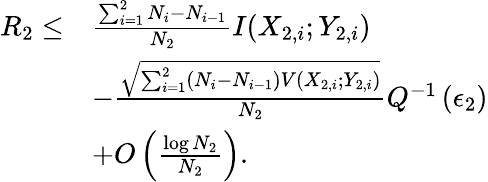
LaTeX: \begin{array}{rl}{R_{2}\leq}&{\frac{\sum_{i=1}^{2}N_{i}-N_{i-1}}{N_{2}}I(X_{2,i};Y_{2,i})}\\ &{-\frac{\sqrt{\sum_{i=1}^{2}(N_{i}-N_{i-1})V(X_{2,i};Y_{2,i})}}{N_{2}}Q^{-1}\left(\epsilon_{2}\right)}\\ &{+O\left(\frac{\log N_{2}}{N_{2}}\right).}\end{array}